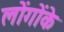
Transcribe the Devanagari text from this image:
लोंगोंके